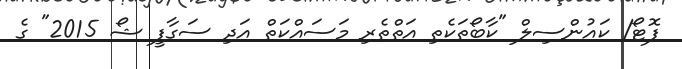
ފޮޓޯ/ ކައުންސިލް "ކާބޯތަކެތި އަތްތެރި މަސައްކަތް އަދި ސަގާފީ ޝޯ 2015" ގެ